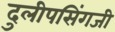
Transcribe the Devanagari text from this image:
दुलीपसिंगजी